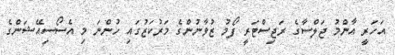
އަހަރީ އާންމު ޖަލްސާގެ ރަޖިސްޓަރީ ފޯމު ޒުވާނުންގެ މަރުކަޒުގައި ހުންނަ މި އެސޯސިއޭޝަންގެ